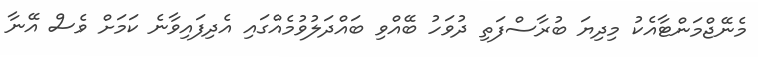
މެނޭޖްމަންޓާއެކު މިދިޔަ ބުރާސްފަތި ދުވަހު ބޭއްވި ބައްދަލުވުމެއްގައި އެދިފައިވާނެ ކަމަށް ވެސް އޭނާ